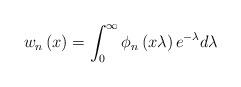
LaTeX: \begin{align*}w_{n}\left( x\right) =\int_{0}^{\infty}\phi_{n}\left( x\lambda\right)e^{-\lambda}d\lambda \end{align*}